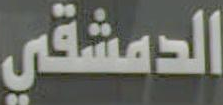
الدمشقي